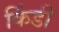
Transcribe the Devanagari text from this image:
किंडी